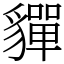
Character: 貚